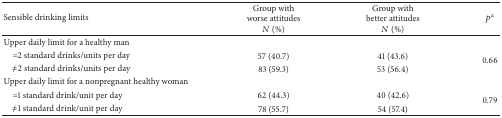
<table><thead><tr><td><b>Sensible drinking limits</b></td><td><b>Group with worse attitudes<i>N</i> (%)</b></td><td><b>Group with better attitudes<i>N</i> (%)</b></td><td><b><i>p</i><sup>a</sup></b></td></tr></thead><tbody><tr><td>Upper daily limit for a healthy man </td><td> </td><td> </td><td> </td></tr><tr><td> =2 standard drinks/units per day</td><td>57 (40.7)</td><td>41 (43.6)</td><td rowspan="2">0.66</td></tr><tr><td> ≠2 standard drinks/units per day</td><td>83 (59.3)</td><td>53 (56.4)</td></tr><tr><td>Upper daily limit for a nonpregnant healthy woman</td><td> </td><td> </td><td> </td></tr><tr><td> =1 standard drink/unit per day</td><td>62 (44.3)</td><td>40 (42.6)</td><td rowspan="2">0.79</td></tr><tr><td> ≠1 standard drink/unit per day</td><td>78 (55.7)</td><td>54 (57.4)</td></tr></tbody></table>